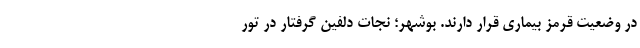
در وضعیت قرمز بیماری قرار دارند. بوشهر؛ نجات دلفین‌ گرفتار در تور